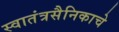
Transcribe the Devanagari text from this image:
स्वातंत्रसैनिकाचे